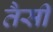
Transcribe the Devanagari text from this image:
तैसीं